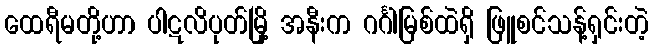
ထေရီမတို့ဟာ ပါဋလိပုတ်မြို့ အနီးက ဂင်္ဂါမြစ်ထဲရှိ ဖြူစင်သန့်ရှင်းတဲ့